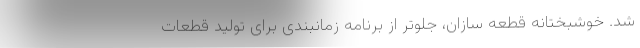
شد. خوشبختانه قطعه سازان، جلوتر از برنامه زمانبندی برای تولید قطعات